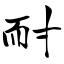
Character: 耐